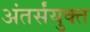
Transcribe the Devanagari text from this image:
अंतर्संयुक्त